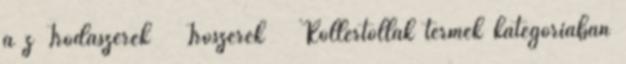
a z Irodaszerek Írószerek Rollertollak termék kategóriában